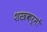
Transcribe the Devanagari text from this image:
शस्त्रकर्मों